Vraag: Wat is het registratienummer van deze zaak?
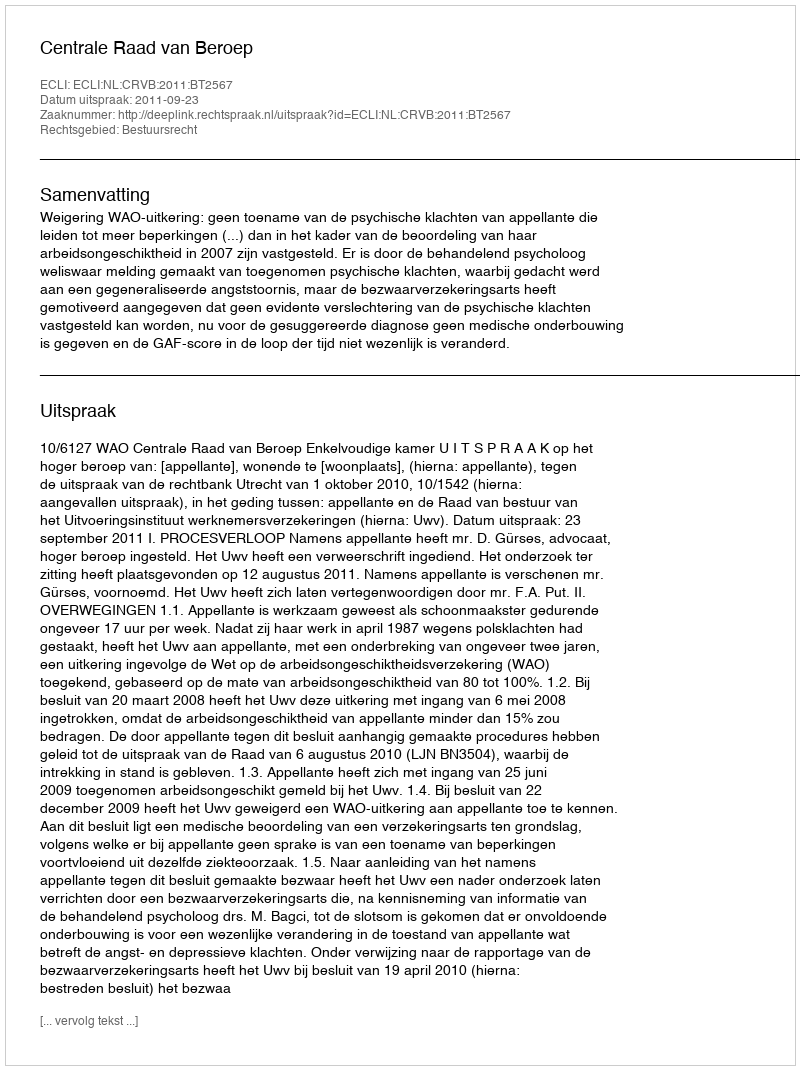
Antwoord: http://deeplink.rechtspraak.nl/uitspraak?id=ECLI:NL:CRVB:2011:BT2567